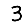
Digit: 3